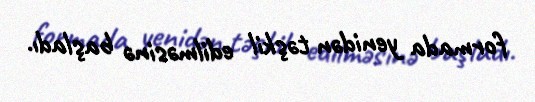
formada yenidən təşkil edilməsinə başladı.